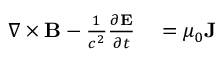
\begin{array} { r l } { \nabla \times \mathbf { B } - { \frac { 1 } { c ^ { 2 } } } { \frac { \partial \mathbf { E } } { \partial t } } } & { { } = \mu _ { 0 } \mathbf { J } } \end{array}